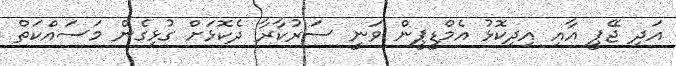
އަދި ޖޭޕީ އާއި އިދިކޮޅު އެމްޑީޕީން ވަނީ ސަރުކާރާ ދެކޮޅަށް ގުޅިގެން މަސައްކަތް